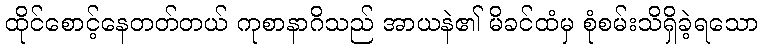
ထိုင်စောင့်နေတတ်တယ် ကုစာနာဂိသည် အာယနဲ၏ မိခင်ထံမှ စုံစမ်းသိရှိခဲ့ရသော